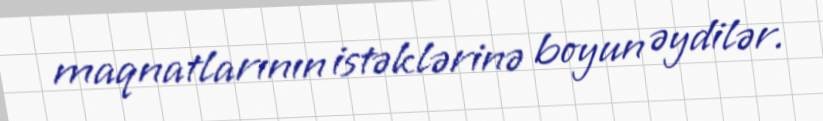
maqnatlarının istəklərinə boyun əydilər.